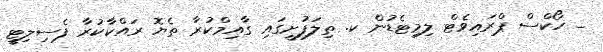
_ ހޯކްސް ޕްރައިވެޓް ލިމިޓެޑުން ކ. ތިލަފުށީގައި ގާއިމްކުރާ ތެޔޮ ރައްކާކުރާ ފެސިލިޓީ